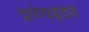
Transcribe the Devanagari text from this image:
प्रपंचहृदय